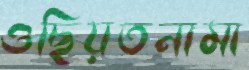
ওছিয়তনামা